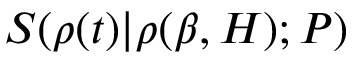
S ( \rho ( t ) | \rho ( \beta , H ) ; P )